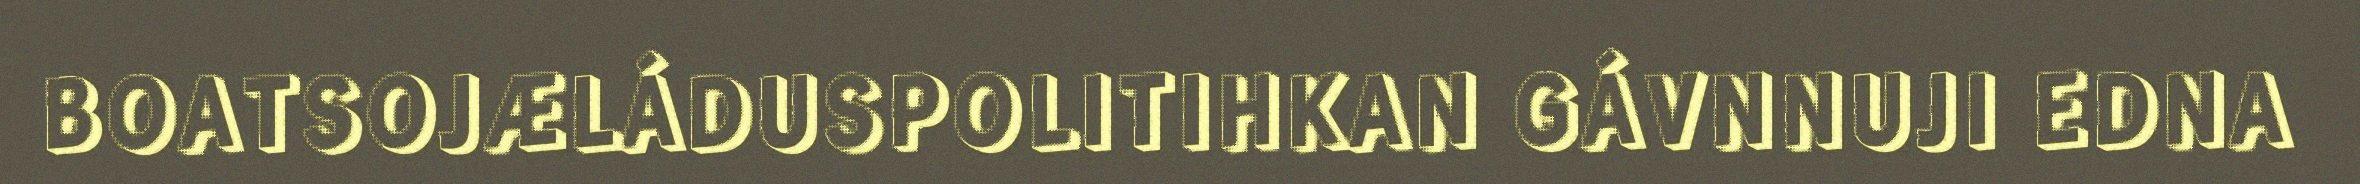
BOATSOJÆLÁDUSPOLITIHKAN GÁVNNUJI EDNA